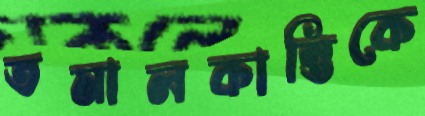
তমালকান্তিকে